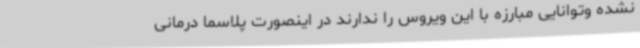
نشده وتوانایی مبارزه با این ویروس را ندارند در اینصورت پلاسما درمانی